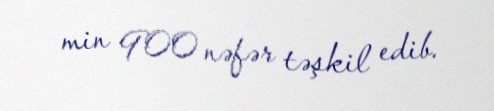
min 900 nəfər təşkil edib.